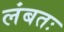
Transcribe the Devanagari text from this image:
लंबतः